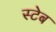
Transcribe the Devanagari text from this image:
स्टेब